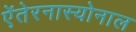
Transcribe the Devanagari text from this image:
ऐंतेरनास्योनाल